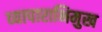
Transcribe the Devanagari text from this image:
व्यापाराभिमुख